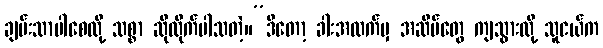
ချမ်းသာပါစေလို့ သစ္စာ ဆိုလိုက်ပါသတဲ့။”ဒီတော့ ခါးအထက်မှ အဆိပ်တွေ ကျသွားလို့ သူငယ်က